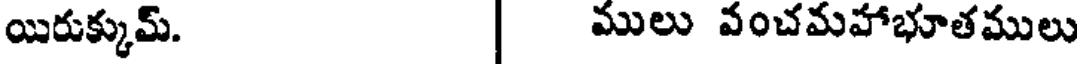
యిరుక్కుమ్. | ములు వంచమహాభూతములు